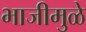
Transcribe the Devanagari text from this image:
भाजीमुळे